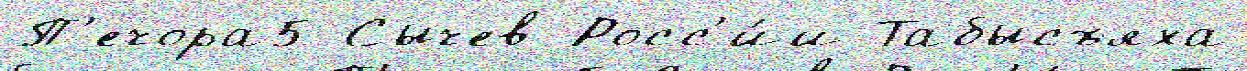
П'ечора5 Сычев Росс'и́и Табысъяха